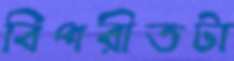
বিপরীতটা